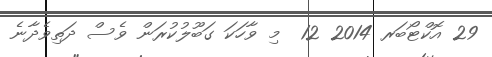
29 އޮކްޓޯބަރ 2014 12  މި ވާހަކަ ގަބޫލުކުރަން ވެސް ދަތިވެދާނެ